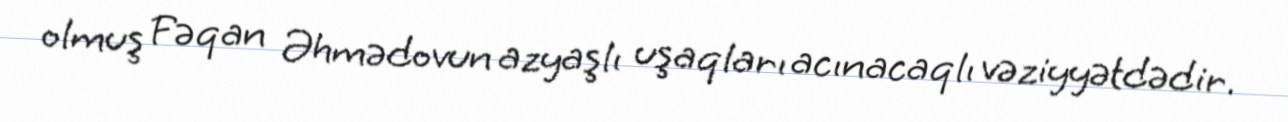
olmuş Fəqan Əhmədovun azyaşlı uşaqları acınacaqlı vəziyyətdədir.